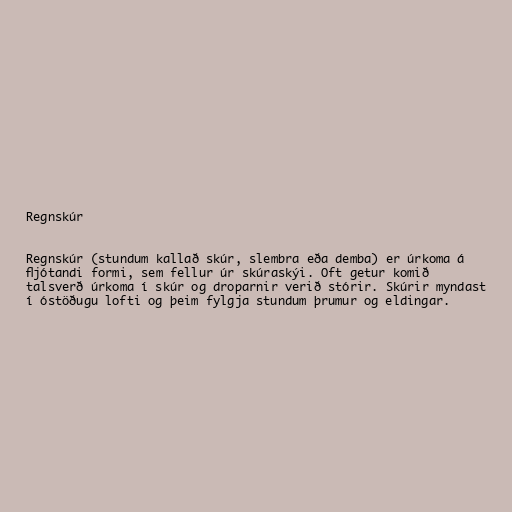
Regnskúr

Regnskúr (stundum kallað skúr, slembra eða demba) er úrkoma á
fljótandi formi, sem fellur úr skúraskýi. Oft getur komið
talsverð úrkoma í skúr og droparnir verið stórir. Skúrir myndast
í óstöðugu lofti og þeim fylgja stundum þrumur og eldingar.